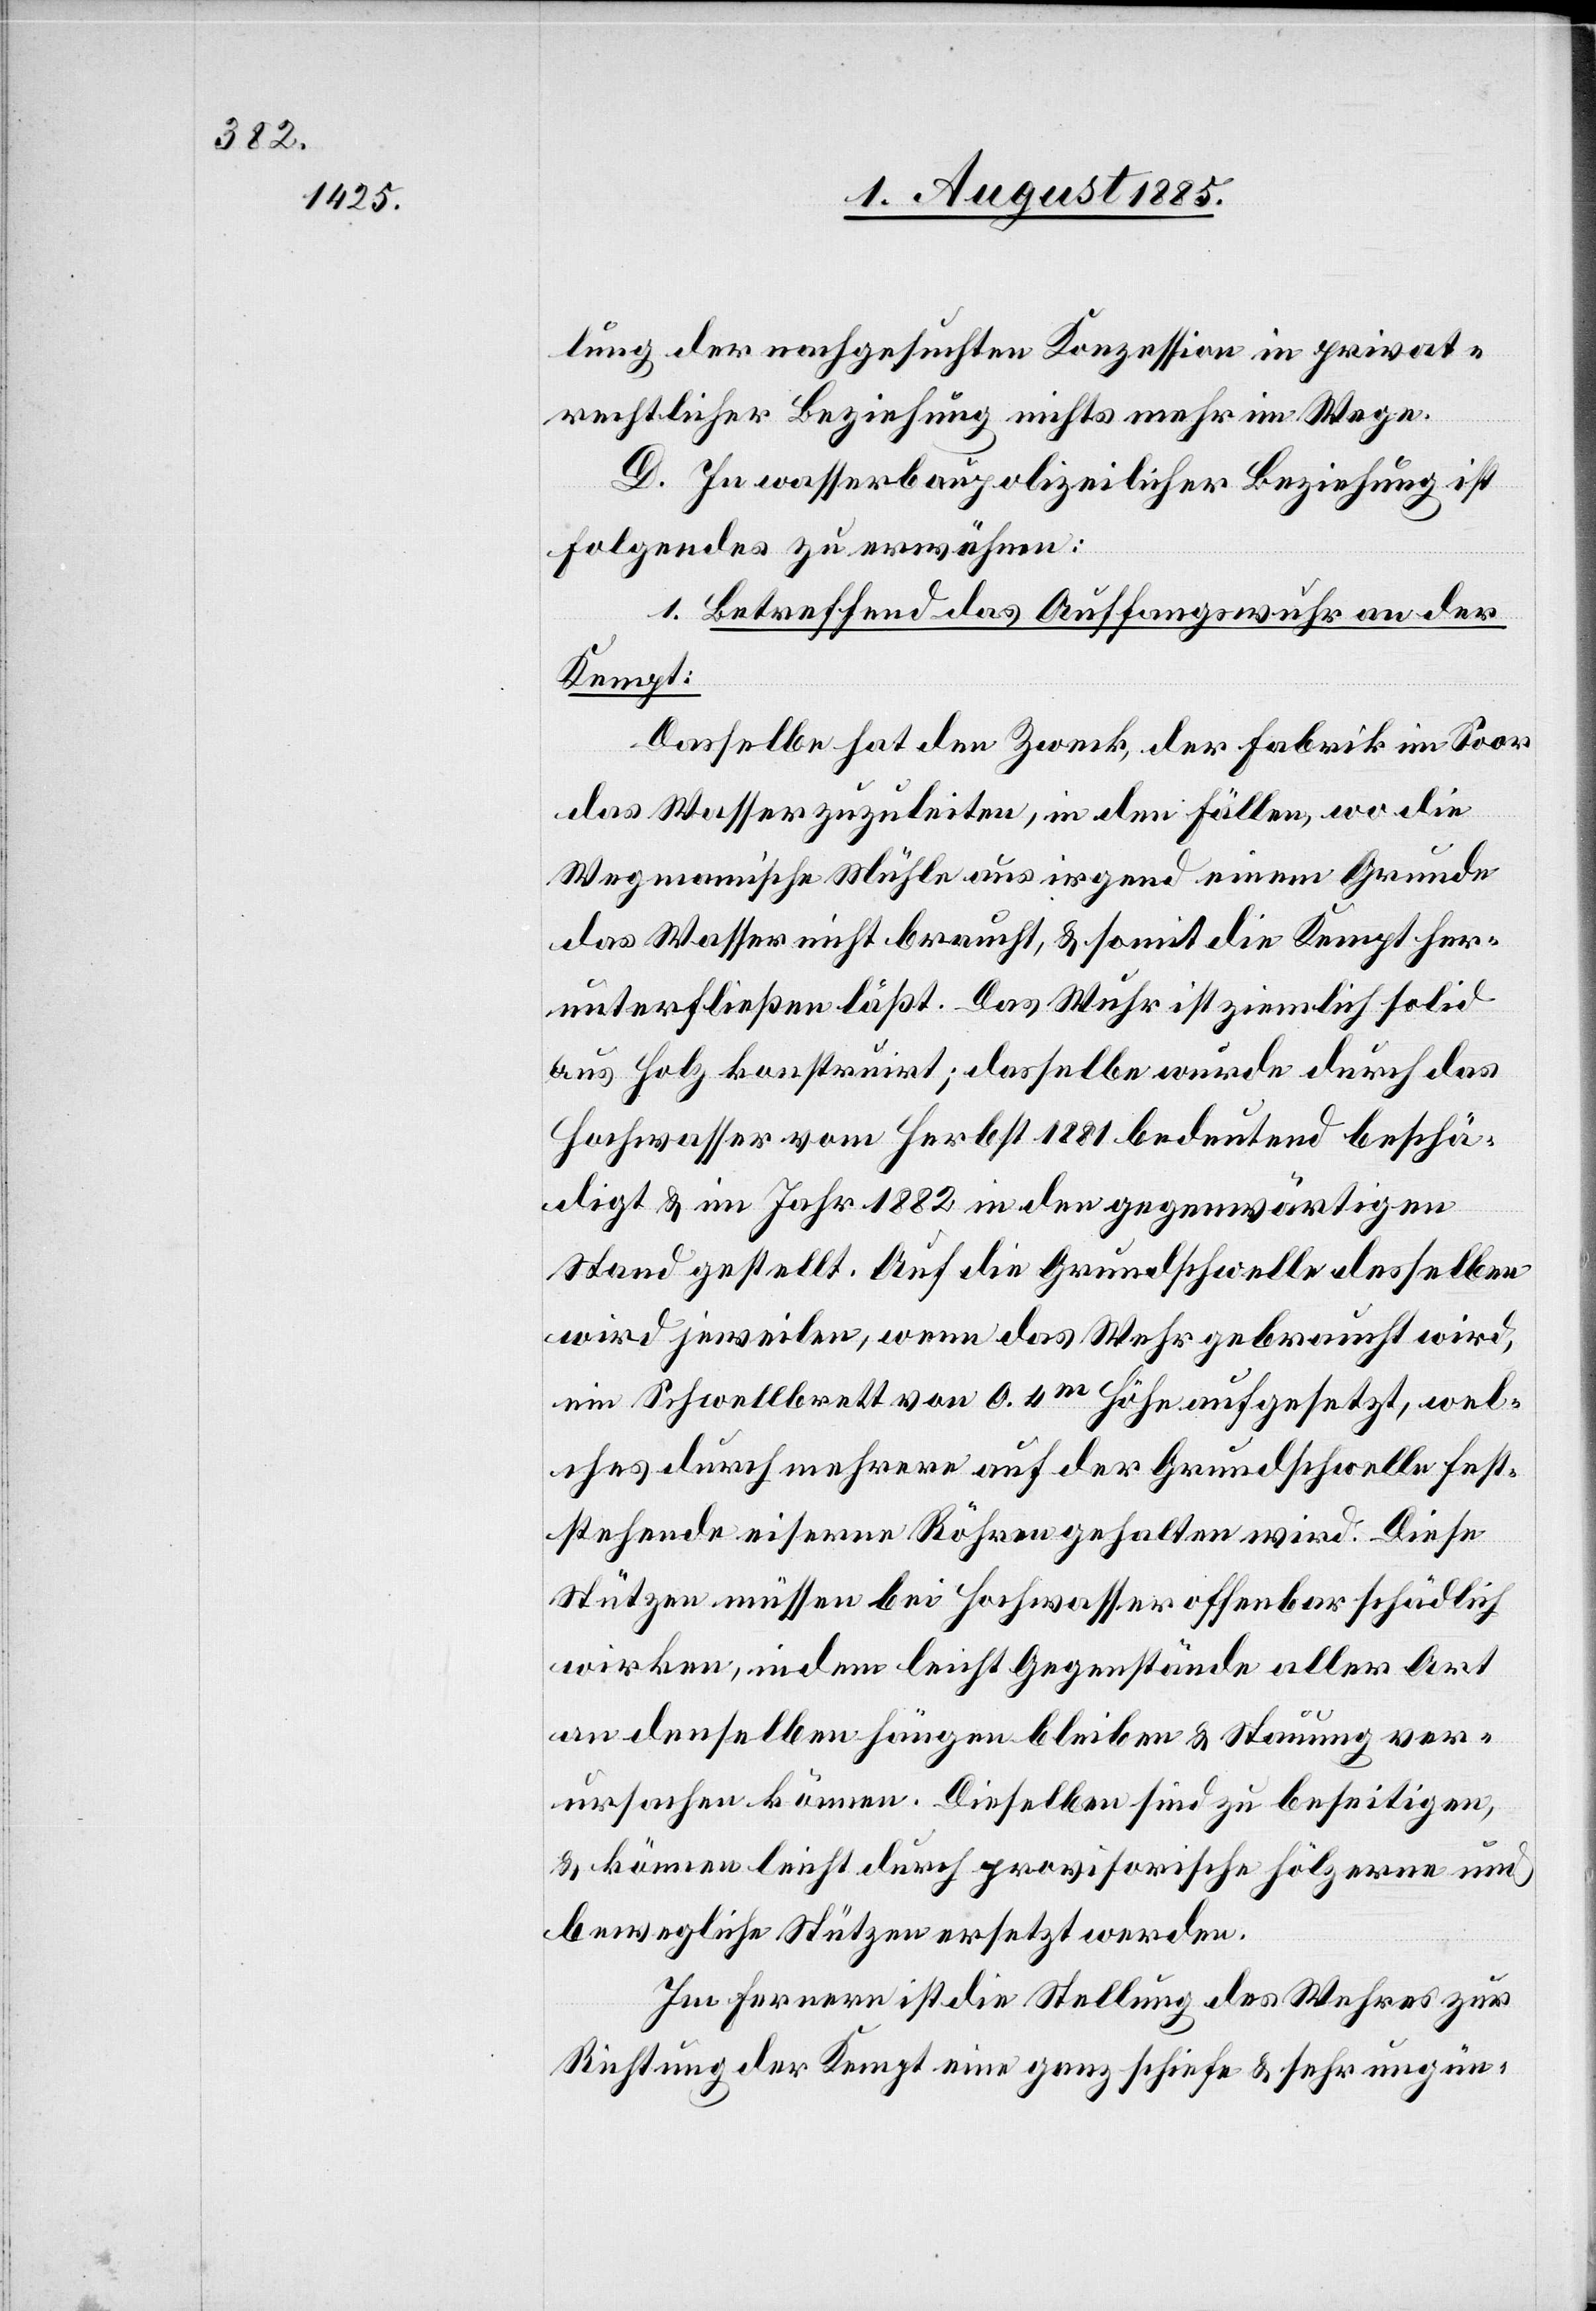
lung der nachgesuchten Konzession in privat¬
rechtlicher Beziehung nichts mehr im Wege.
D. In wasserbaupolizeilicher Beziehung ist
folgendes zu erwähnen:
1. Betreffend das Auffangswuhr an der
Kempt:
Dasselbe hat den Zweck, der Fabrik im Soor
das Wasser zuzuleiten, in den Fällen, wo die
Wegmann’sche Mühle aus irgend einem Grunde
das Wasser nicht braucht, & somit die Kempt her¬
unterfließen läßt. Das Wuhr ist ziemlich solid
aus Holz konstruirt; dasselbe wurde durch das
Hochwasser vom Herbst 1881 bedeutend beschä¬
digt & im Jahr 1882 in den gegenwärtigen
Stand gestellt. Auf die Grundschwelle desselben
wird jeweilen, wenn das Wehr gebraucht wird,
ein Schwellbrett von 0.4m Höhe aufgesetzt, wel¬
ches durch mehrere auf der Grundschwelle fest¬
stehende eiserne Röhren gehalten wird. Diese
Stützen müssen bei Hochwasser offenbar schädlich
wirken, indem leicht Gegenstände aller Art
an denselben hängen bleiben & Stauung ver¬
ursachen können. Dieselben sind zu beseitigen,
& können leicht durch provisorische hölzerne und
bewegliche Stützen ersetzt werden.
Im Fernern ist die Stellung des Wehres zur
Richtung der Kempt eine ganz schiefe & sehr ungün-